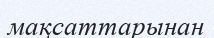
мақсаттарынан